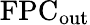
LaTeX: \mathrm{FPC_{out}}